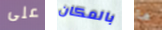
على بالمكان ما